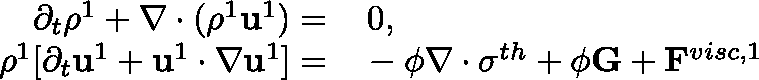
\begin{array} { r l } { \partial _ { t } \rho ^ { 1 } + \mathbf { \nabla } \cdot ( \rho ^ { 1 } \mathbf { u } ^ { 1 } ) = } & { { } \, 0 , } \\ { \rho ^ { 1 } [ \partial _ { t } \mathbf { u } ^ { 1 } + \mathbf { u } ^ { 1 } \cdot \mathbf { \nabla } \mathbf { u } ^ { 1 } ] = } & { { } - \phi \mathbf { \nabla } \cdot \mathbf { \sigma } ^ { t h } + \phi \mathbf { G } + \mathbf { F } ^ { v i s c , 1 } } \end{array}